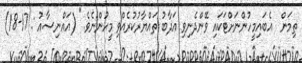
ތިމަން  އެބައިމީހުންނަށްޓަކައި ވޭންދެނިވި ޢަޛާބު ތައްޔާރުކުރެއްވި މީހުންނެވެ." (އައްނިސާއު : 17-18)